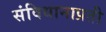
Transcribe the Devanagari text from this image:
संविधानाप्रती